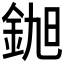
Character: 𮡵